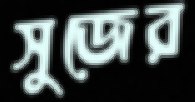
সুজের